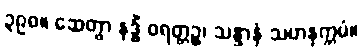
၃၉၈။ ဆေတွာ နဒ္ဓိံ ဝရတ္တဉ္စ၊ သန္ဒာနံ သဟနုက္ကမံ။